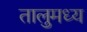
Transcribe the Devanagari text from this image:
तालुमध्य